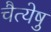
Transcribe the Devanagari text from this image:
चैत्येषु